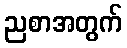
ညစာအတွက်